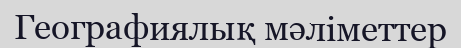
Географиялық мәліметтер